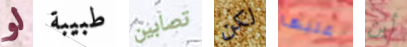
لو طبيبة تصابين لكن عليها أين